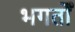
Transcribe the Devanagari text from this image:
भगतोँ